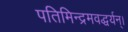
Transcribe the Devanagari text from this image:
पतिमिन्द्रमवद्धर्यन्।